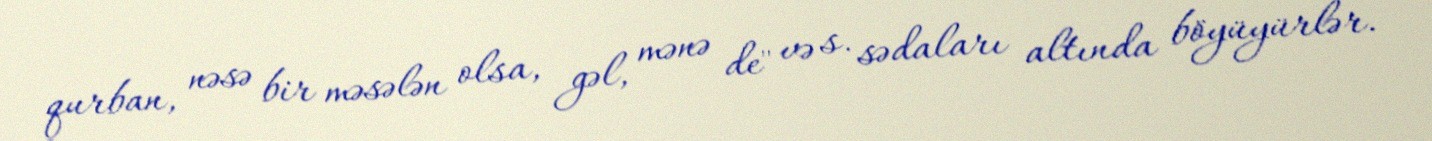
qurban, nəsə bir məsələn olsa, gəl, mənə de" və s. sədaları altında böyüyürlər.